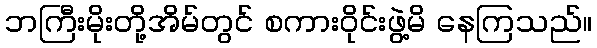
ဘကြီးမိုးတို့အိမ်တွင် စကားဝိုင်းဖွဲ့မိ နေကြသည်။